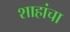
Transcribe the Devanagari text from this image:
शाहांचा